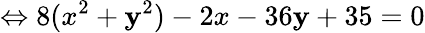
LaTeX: \Leftrightarrow8(x^{2}+\mathbf{y}^{2})-2x-36\mathbf{y}+35=0